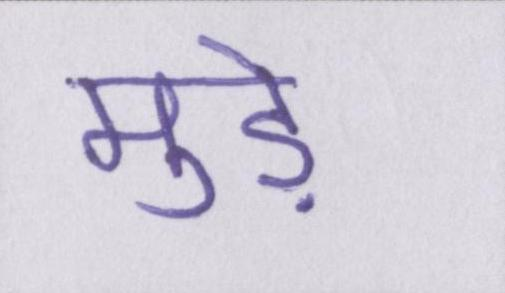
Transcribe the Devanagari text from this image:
मुड़े